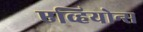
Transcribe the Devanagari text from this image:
एव्हियोन्स